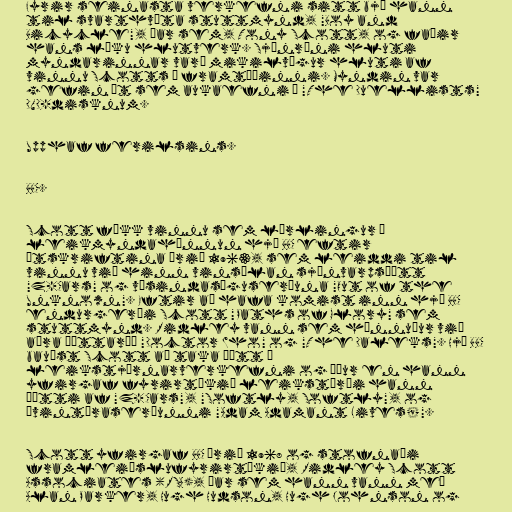
Fyrir seinasta verkefni sitt bjó hann
til svarthvíta stuttmynd, "Boy and
Bicycle", þar sem, Tony Scott, og faðir
hans léku hlutverk. Sjónræni hluti
myndarinnar varð mikilvægur hluti af
vinnu Scotts í framtíðinni. Myndin var
gefin út sem aukaefni á "The Duellists"
DVD-disknum.

Upphaf ferilsins.

BBC.

Scott fékk vinnu sem lærlingur í
leikmyndahönnun hjá BBC eftir
útskriftina árið 1963, sem leiddi til
vinnu við hinn vinsælan sjónvarpsþátt
"Z-Cars" og vísindasöguseríuna "Out of the
Unknown". Eftir að hafa komist inn hjá BBC
endurgerði Scott "Paths of Glory" sem
stuttmynd. Ridley vann sem hönnuður við
aðra þáttaröð "Doctor Who" og "The Daleks". Hjá BBC
bauðst Scott að taka þátt í
leikstjórnarverkefni og áður en hann
yfirgaf fyrirtækið leikstýrði hann
þætti af "Z-Cars", "Softly, Softly", og
ævintýraseríunni "Adam Adamant Lives!".

Scott yfirgaf BBC árið 1968 og stofnaði
framleiðslufyrirtækið, Ridley Scott
Associates (RSA), þar sem hann vann með
Alan Parker, Hugh Hudson, Hugh Johnson og